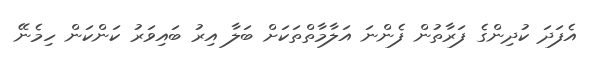
އެފަދަ ކުދިންގެ ފަރާތުން ފެންނަ އަލާމާތްތަކަށް ބަލާ އިރު ބައިވަރު ކަންކަން ހިމެނޭ